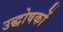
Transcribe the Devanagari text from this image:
उद्धोषकों